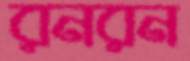
রনরন